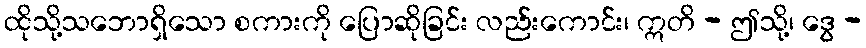
ထိုသို့သဘောရှိသော စကားကို ပြောဆိုခြင်း လည်းကောင်း၊ ဣတိ - ဤသို့၊ ဒွေ -